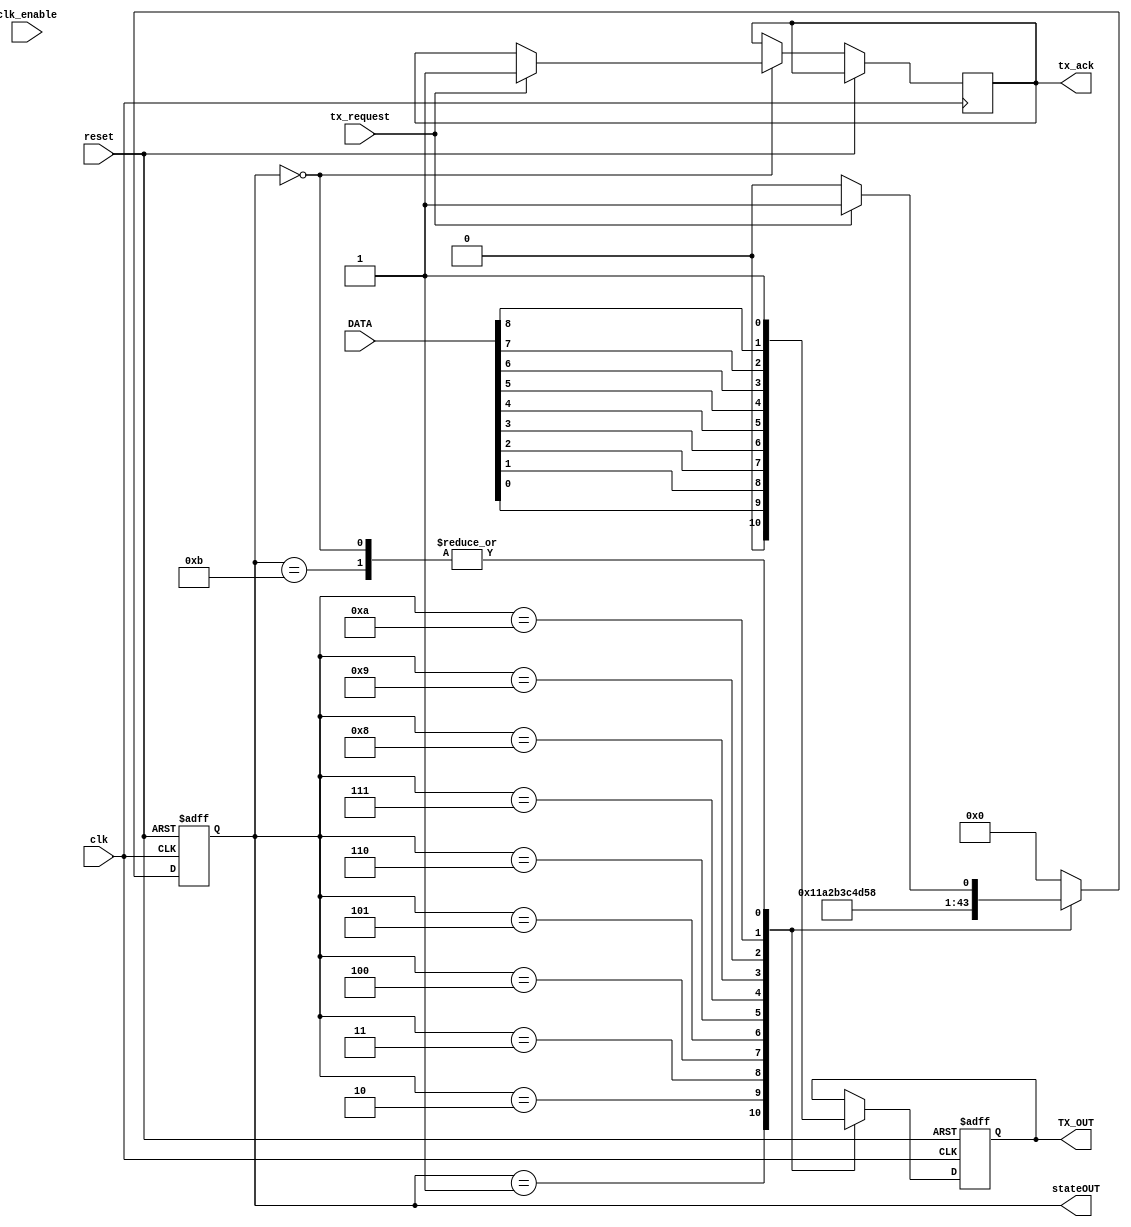
// Transmitter for the UART IP module
// Archit Jaiswal


//-----------------------------------------------------------------------------
// Hardware Target
//-----------------------------------------------------------------------------

// Target Platform: DE1-SoC Board
// Transmitter outputs to a physical pin on the GPIO

// Verilog behavioural model for UART transmitter

module transmitter (clk, clk_enable, reset, DATA, TX_OUT, stateOUT, tx_request, tx_ack);
	
		input clk, reset; // common 50 MHz
		output reg TX_OUT;
		input clk_enable; // output clock comming from baud rate generator
//		input word_size;  // word_size = 1 (8-bits data), word_size = 0 (7-bits data)
		input tx_request; // FIFO will request to transmit if FIFO -> !Empty
		output reg tx_ack;    // this module will acknowledge and it will connect to READ signal of the FIFO
		
//		input [1:0] parity;  // 00 = off, 01 = use DATA[8], 10 = even, 11 = odd
		input [8:0] DATA; // comes from the FIFO
		output [3:0] stateOUT;
		
		// internal registers
		reg [3:0] state;
		
		// A = Idle state
		parameter A = 4'b0000, B = 4'b0001, C = 4'b0010, D = 4'b0011, E = 4'b0100, F = 4'b0101, G = 4'b0110, H = 4'b0111, I = 4'b1000,
					 J = 4'b1001, K = 4'b1010, L = 4'b1011, M = 4'b1100;
				
		
		// controls output of the transmitter
		always @(posedge clk or posedge reset)
		begin
		
			if (reset)
			begin
				state 	<= A;
				TX_OUT 	<= 1'b1;
			end
			else
			begin
						
				case(state)
					A: begin TX_OUT <= 1'b1;		  // IDLE state
								if(!tx_request)
									state <= A;
								else if (tx_request)
								begin
									tx_ack <= 1'b1;
									state <= B; 
								end
						end
					
					B: begin TX_OUT <= 1'b0;        // Start bit = 0
								state <= C; end
								
					C: begin TX_OUT <= DATA[0];	  // Least significant Data bit
								state <= D; end
								
					D: begin TX_OUT <= DATA[1];
								state <= E; end
					
					E: begin TX_OUT <= DATA[2];
								state <= F; end
								
					F: begin TX_OUT <= DATA[3];
								state <= G; end
								
					G: begin TX_OUT <= DATA[4];
								state<= H;  end
								
					H: begin TX_OUT <= DATA[5];
								state <= I; end
								
					I: begin TX_OUT <= DATA[6];
								state <= J; end
					
					J: begin TX_OUT <= DATA[7];
								state <= K; end
								
					K: begin TX_OUT <= DATA[8];
								state <= L; end
								
					L: begin TX_OUT <= 1'b1; 	// Stop bit
								if (!tx_request) 
									state <= A; 
									
								else
									state <= B;
						end   
					
					default: state <= A;
					
				endcase
				
			end
		
		end
		
		assign stateOUT = state;
endmodule